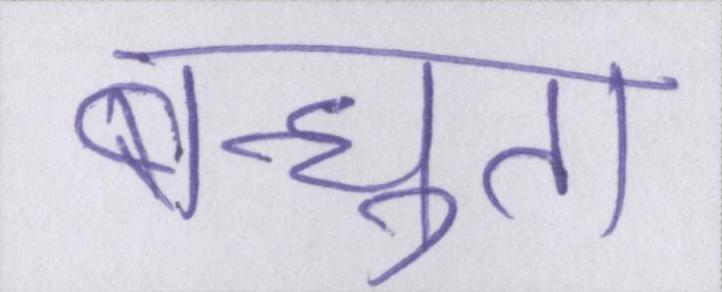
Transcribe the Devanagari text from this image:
बन्धुता